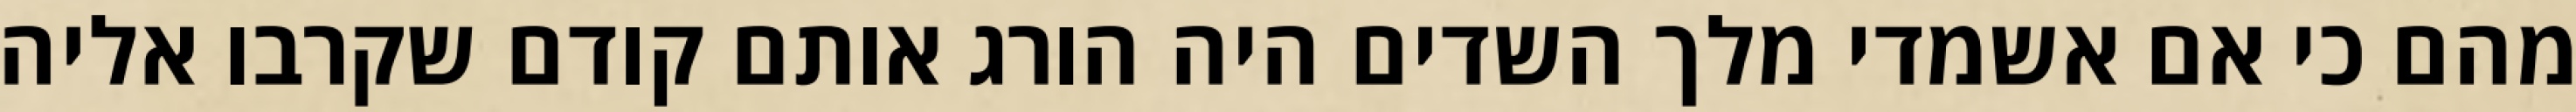
מהם כי אם אשמדי‏ מלך השדים היה הורג אותם קודם שקרבו אליה